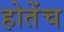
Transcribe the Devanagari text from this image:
होतेंच